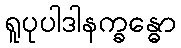
ရူပုပါဒါနက္ခန္ဓော